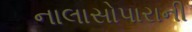
નાલાસોપારાની